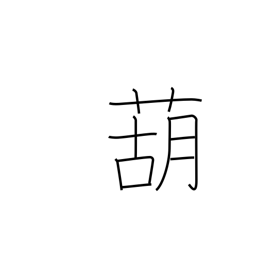
Meaning: garlic